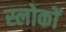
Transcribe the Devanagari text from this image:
स्लोकों